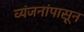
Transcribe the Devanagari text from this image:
व्यंजनांपासून